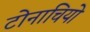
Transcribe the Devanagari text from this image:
टोनाचियो